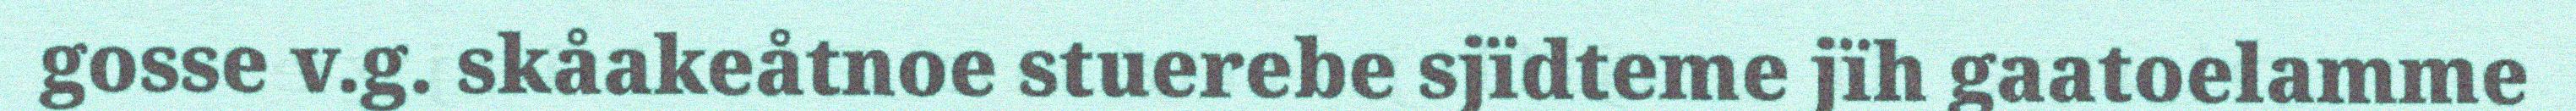
gosse v.g. skåakeåtnoe stuerebe sjïdteme jïh gaatoelamme